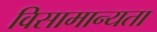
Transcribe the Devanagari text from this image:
विसामान्यता